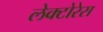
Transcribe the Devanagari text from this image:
लेक्टोरेस